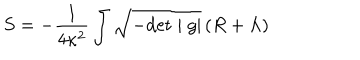
LaTeX: S = - \frac { 1 } { 4 \kappa ^ { 2 } } \int \sqrt { - \mathrm { d e t } \mid g \mid } \, ( R + \Lambda )